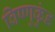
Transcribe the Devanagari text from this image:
विष्णुकुंड